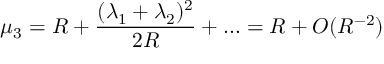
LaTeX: \mu _ { 3 } = R + \frac { ( \lambda _ { 1 } + \lambda _ { 2 } ) ^ { 2 } } { 2 R } + \ldots = R + O ( R ^ { - 2 } )